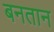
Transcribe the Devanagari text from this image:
बनतान